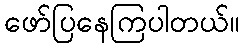
ဖော်ပြနေကြပါတယ်။